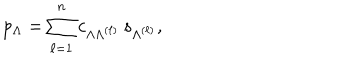
LaTeX: p _ { \Lambda } = \sum _ { \ell = 1 } ^ { n } c _ { \Lambda \Lambda ^ { ( \ell ) } } \, s _ { \Lambda ^ { ( \ell ) } } ,